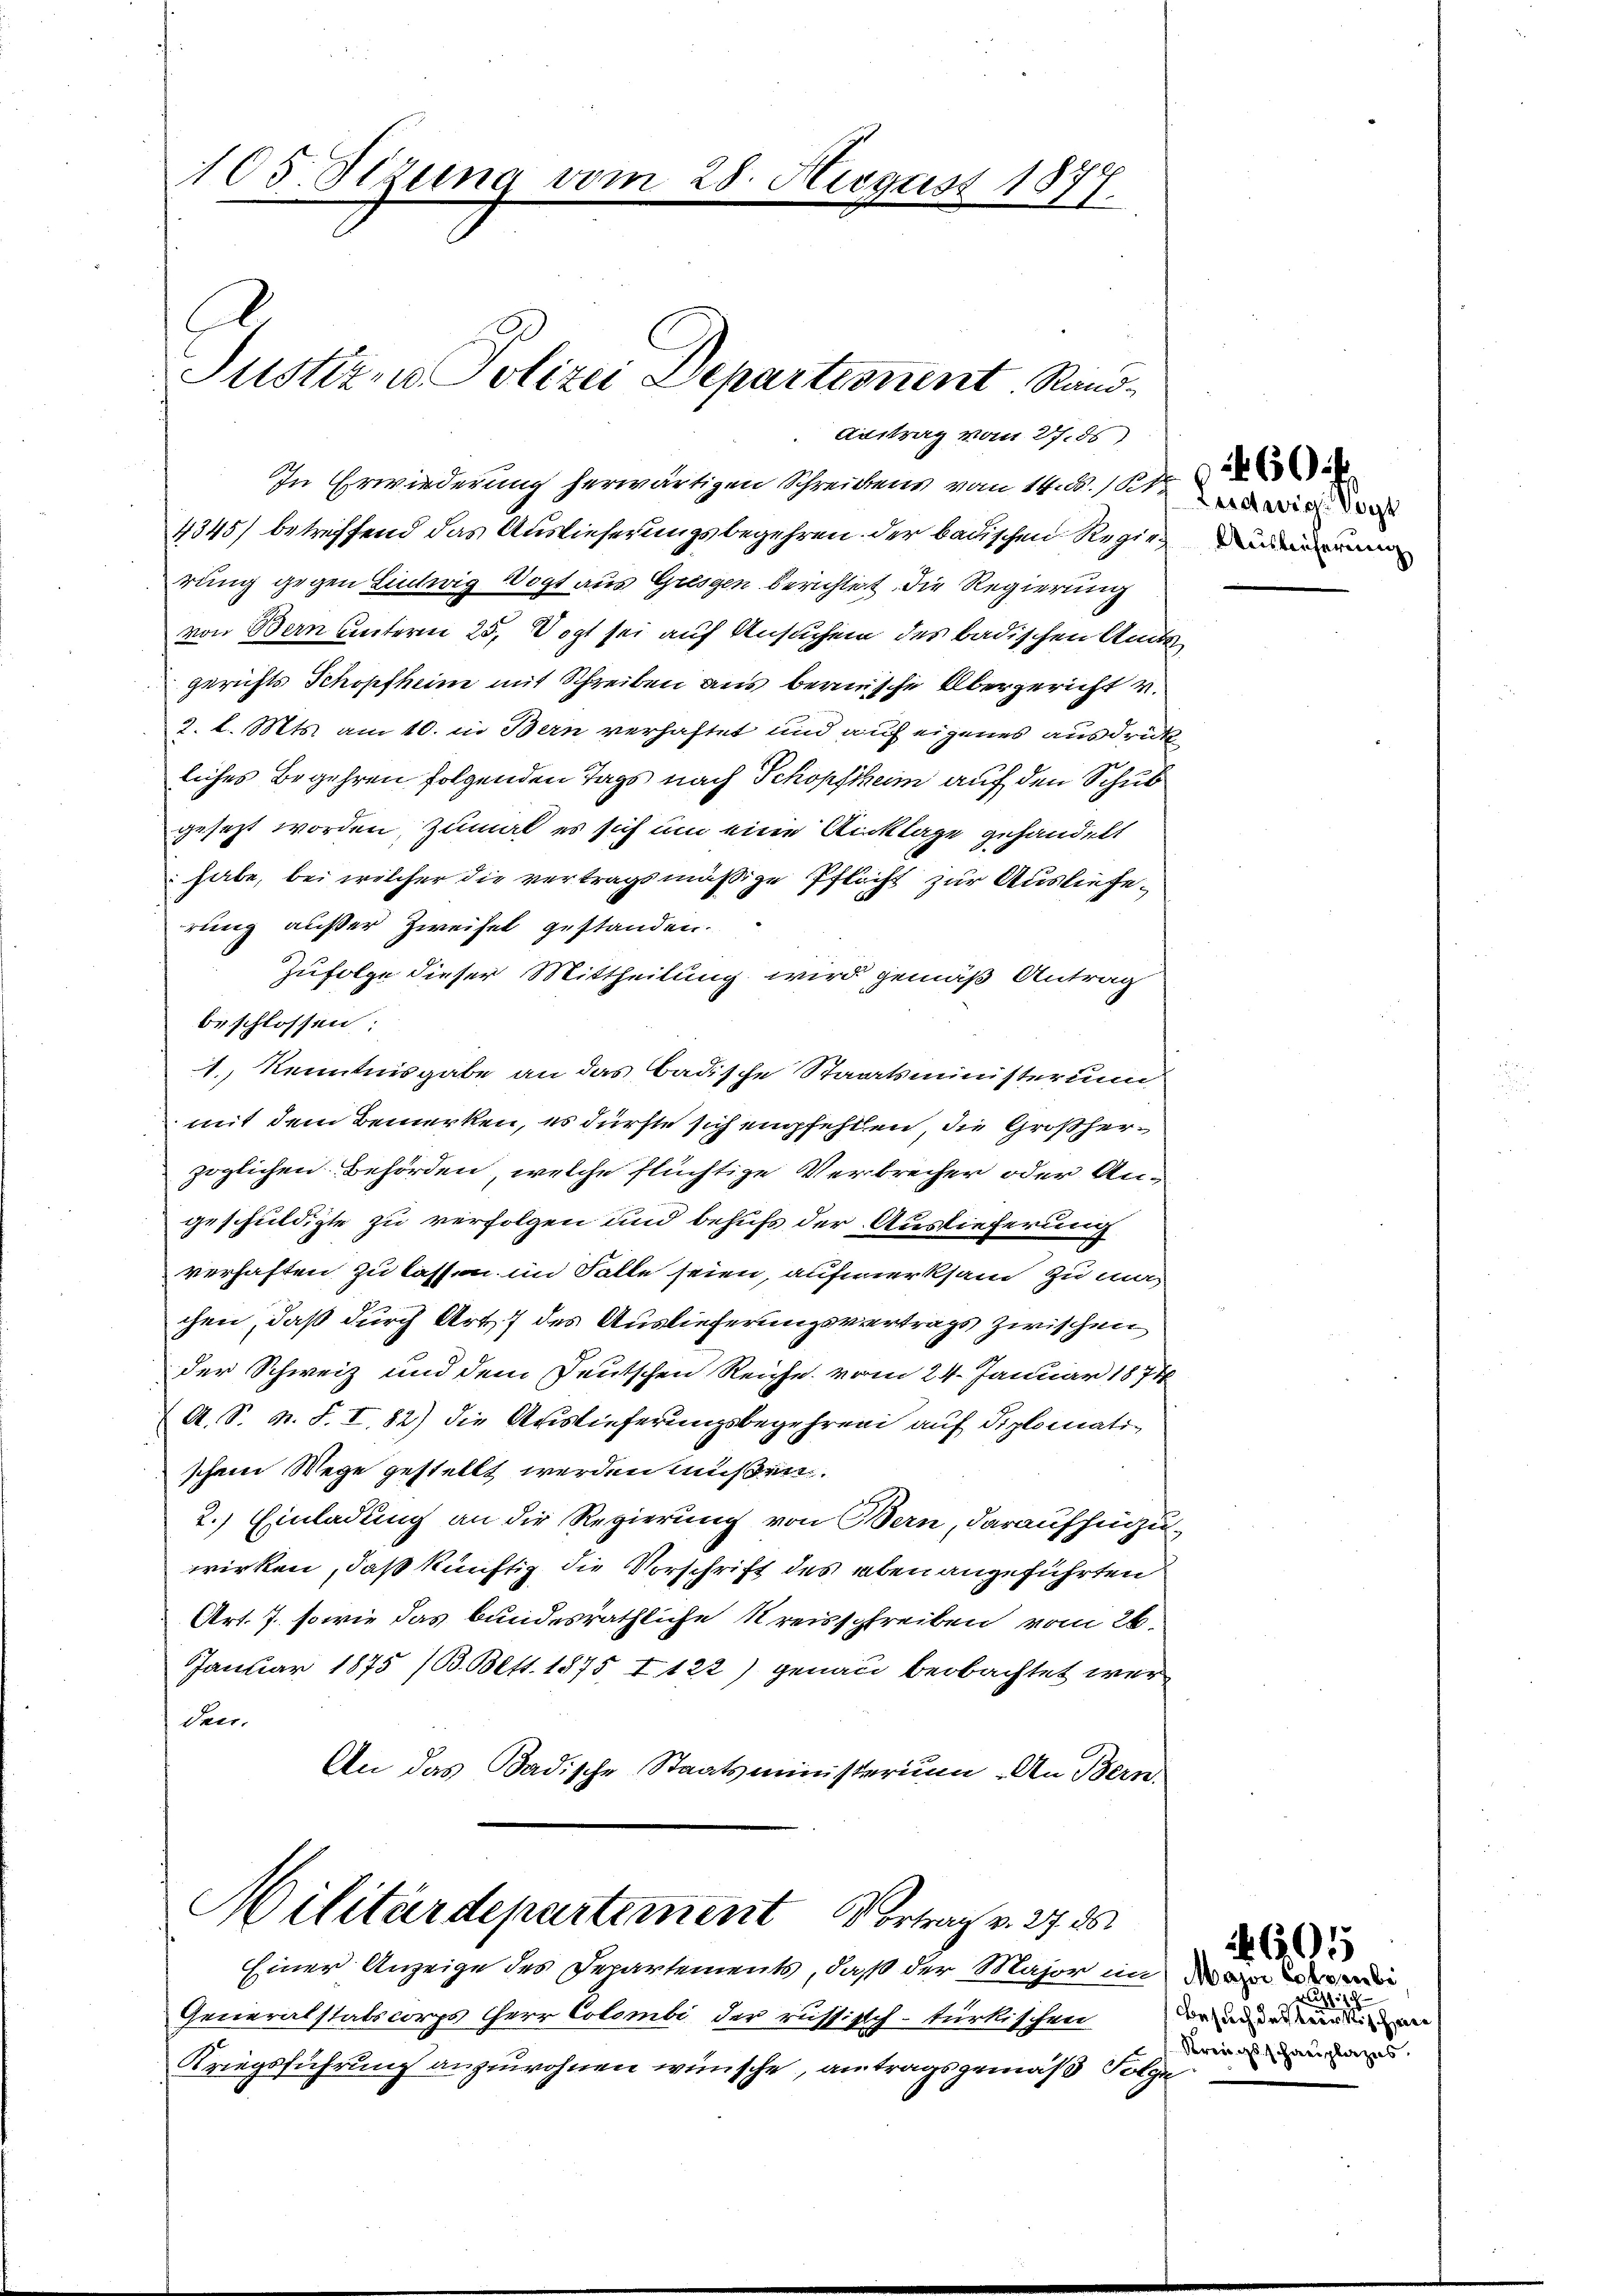
105. Sizung vom

Justizen Polizei Departement Rand¬
Antrag vom 27. ds

28. August 1877.

In Erwiederung herwärtigen Schreibens vom 14. d. h. wie
4345) betreffend das Auslieferungsbegehren der badischen Regies eid
rung gegen Lintwrig Vogt aus Grissen berichtet die Regierung
von Bern unterm 25. Vogt sei auf Ansuchen des badischen Amts
gerichts Schopfheim mit Schreiben aus berische Obergericht v.
2. l. Mts. am 10. in Bern verhaftet und auf eigenes ausdrückliches Begehren folgenden Tags nach Schopfheim auf den Schul
gesezt worden, zumal es sich um eine Anklage gehandelt
habe, bei welcher die vertragsmäßige Pflicht zur Auslieferung außer Zweifel gestanden.
Zufolge dieser Mittheilung wird gemäß Antrag
beschlossen:
1., Kenntnisgabe an das Badische Staatsministerium
mit dem Bemerken, es dürfte sich empfehlen, die Großherzöglichen Behörden, welche flüchtige Verbrecher oder Angeschuldigte zu verfolgen und behufs der Auslieferung
verhaften zu lassen im Falle seien, aufmerksam zu unchen, daß durch Art. 7 des Auslieferungsvertrags zwischen
der Schweiz und dem Deutschen Reiche vom 24. Januar 1874
A. S. N. S. I, 82) die Auslieferungsbegehren auf diplomatischem Wege gestellt werden müßen.
2.) Einladung an die Regierung von Bern, daraufhinzuwirken, daß künftig die Vorschrift des aben angeführten
Art. 7. sowie das bundesräthliche Kreisschreiben vom 26.
Januar 1875 (B. Bett. 1875, I 122) genau beobachtet werden.
An das Badische Staatsministerium. An Bern.

Militärdepartement Vortrag v. 27. 2

Einer Anzeige des Departements, daß der Major im ein
Generalstatscorps Herr Colombi der russisch-türkischen
Kriegsführung anzuwohnen wünsche, antragsgemäß Folge

60

assisch
Besuch des Beurktischen
Ktrengsschauplazus

605